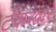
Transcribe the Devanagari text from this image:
टँकरद्वारे